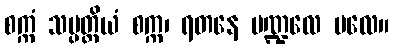
စက္ကံ သမ္ပတ္တိယံ စက္က၊ ရတနေ မဏ္ဍလေ ဗလေ။